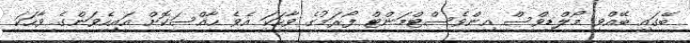
ބޭގައި ބޭއްވި މޯލްޑިވްސް އިންވެސްޓްމަންޓް ފޯރަމުގެ ވާހަކަ އެވެ ހާއްސަކޮށް އައިހެވަންގެ ވާހަކަ